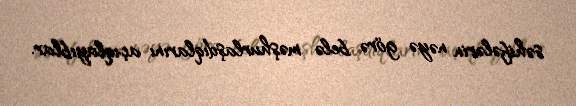
səhifələrin nəyə görə belə məşhurlaşdıqlarını açıqlayıblar.